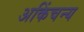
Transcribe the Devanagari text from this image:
अकिंचन्य